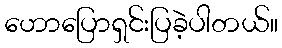
ဟောပြောရှင်းပြခဲ့ပါတယ်။